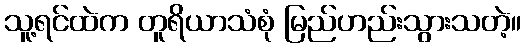
သူ့ရင်ထဲက တူရိယာသံစုံ မြည်ဟည်းသွားသတဲ့။